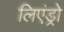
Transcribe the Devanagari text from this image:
लिएंड्रो